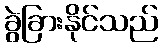
ခွဲခြားနိုင်သည်